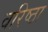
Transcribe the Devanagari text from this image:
वरिष्ठा